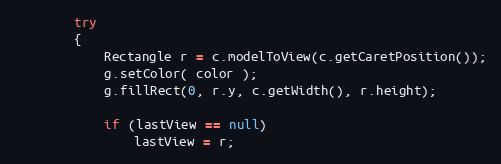
Language: Java
		try
		{
			Rectangle r = c.modelToView(c.getCaretPosition());
			g.setColor( color );
			g.fillRect(0, r.y, c.getWidth(), r.height);

			if (lastView == null)
				lastView = r;